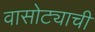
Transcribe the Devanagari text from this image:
वासोट्याची